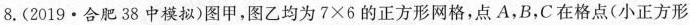
8.(2019·合肥38中模拟)图甲，图乙均为7×6的正方形网格，点A，B，C在格点(小正方形